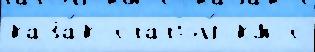
каза́к статьи́ км с